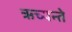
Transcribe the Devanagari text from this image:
ऋच्यन्ते